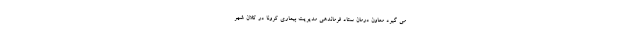
می گیرد معاون درمان ستاد فرماندهی مدیریت بیماری کرونا در کلان شهر